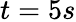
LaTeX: t=5s